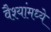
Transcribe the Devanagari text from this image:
वैश्यांमध्ये